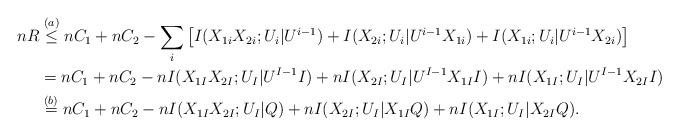
LaTeX: \begin{align*}nR&\stackrel{(a)}{\leq} nC_1+nC_2 -\sum_i \left[I(X_{1i}X_{2i};U_i|U^{i-1})+I(X_{2i};U_i|U^{i-1}X_{1i})+I(X_{1i};U_i|U^{i-1}X_{2i})\right]\\&= nC_1+nC_2 -n I(X_{1I}X_{2I};U_I|U^{I-1}I)+nI(X_{2I};U_I|U^{I-1}X_{1I}I)+nI(X_{1I};U_I|U^{I-1}X_{2I}I)\\&\stackrel{(b)}{=} nC_1+nC_2 -n I(X_{1I}X_{2I};U_I|Q)+nI(X_{2I};U_I|X_{1I}Q)+nI(X_{1I};U_I|X_{2I}Q).\end{align*}